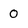
Character: 0